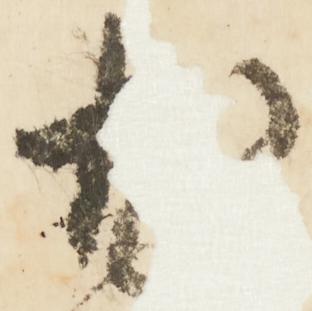
尤